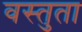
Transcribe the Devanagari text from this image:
वस्तुता